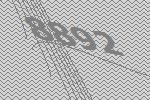
8892